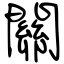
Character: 關